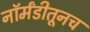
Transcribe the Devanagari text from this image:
नॉर्मंडीतूनच